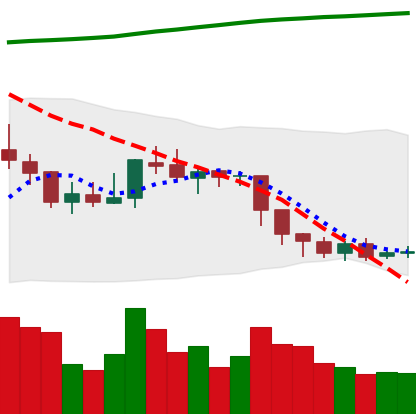
Ticker: EOS-USD
Chart end date: 2018-08-06
Forward return: -29.056%
Label: down_7plus